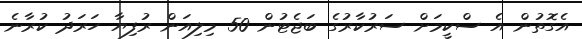
އެގޮތުން އެ ސްކީމަށް ސަރުކާރުގެ ބަޖެޓުން 50 މިލިއަން ރުފިޔާ ހަރަދު ކުރާނެ